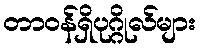
တာဝန်ရှိပုဂ္ဂိုလ်များ